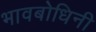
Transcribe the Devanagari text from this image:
भावबोधिनी